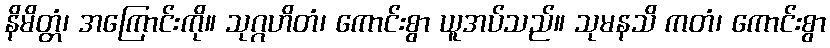
နိမိတ္တံ၊ အကြောင်းကို။ သုဂ္ဂဟိတံ၊ ကောင်းစွာ ယူအပ်သည်။ သုမနသိ ကတံ၊ ကောင်းစွာ